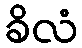
ခိလံ